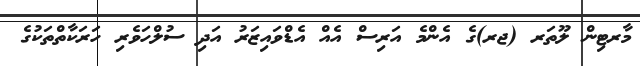
މާރޓިން ލޫތަރ (ޖރ)ގެ އެންމެ އަރިސް އެއް އެޑްވައިޒަރު އަދި ސުލްހަވެރި ހަރަކާތްތަކުގެ